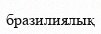
бразилиялық